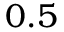
0 . 5